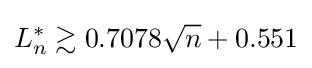
L_{n}^{*}\gtrsim 0.7078{\sqrt {n}}+0.551